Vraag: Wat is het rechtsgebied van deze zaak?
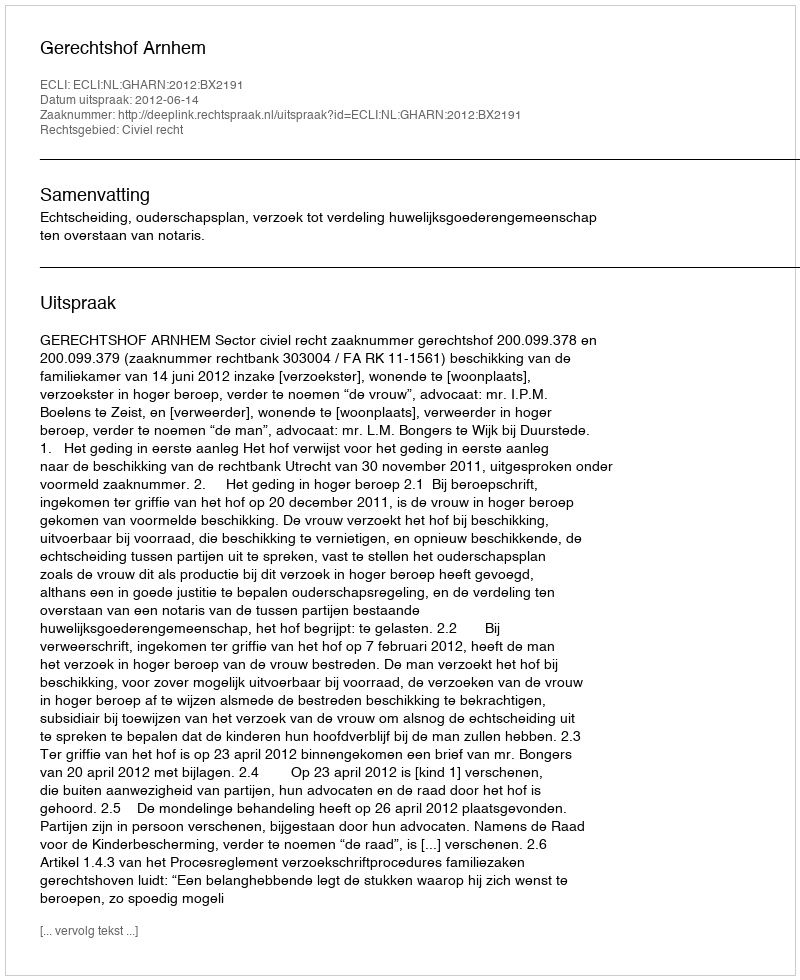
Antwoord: Civiel recht